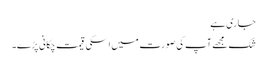
جاری ہے
شک مجھے آپ کی صورت میں اسکی قیمت چکانی پڑے۔